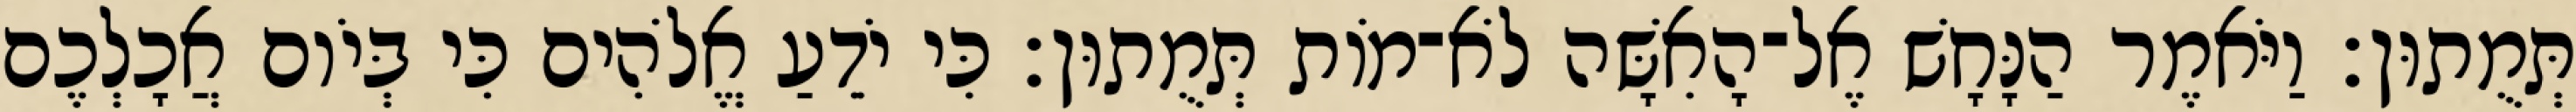
תְּמֻתוּן׃ וַיֹּאמֶר הַנָּחָשׁ אֶל־הָאִשָּׁה לֹא־מֹות תְּמֻתוּן׃ כִּי יֹדֵעַ אֱלֹהִים כִּי בְּיֹום אֲכָלְכֶם